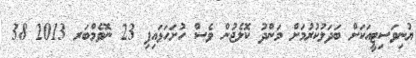
ޔުނިވަސިޓީއަކަށް ބަދަލުކުރުމަށް މަންދު ކޮލެޖުން ވެސް ހުށަހަޅައިފި 23 ނޮވެމްބަރ 2013 38